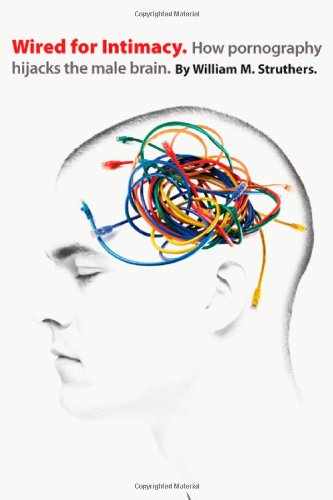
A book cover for Wired for Intimacy: How Pornography Hijacks the Male Brain; William M. Struthers; Medical Books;